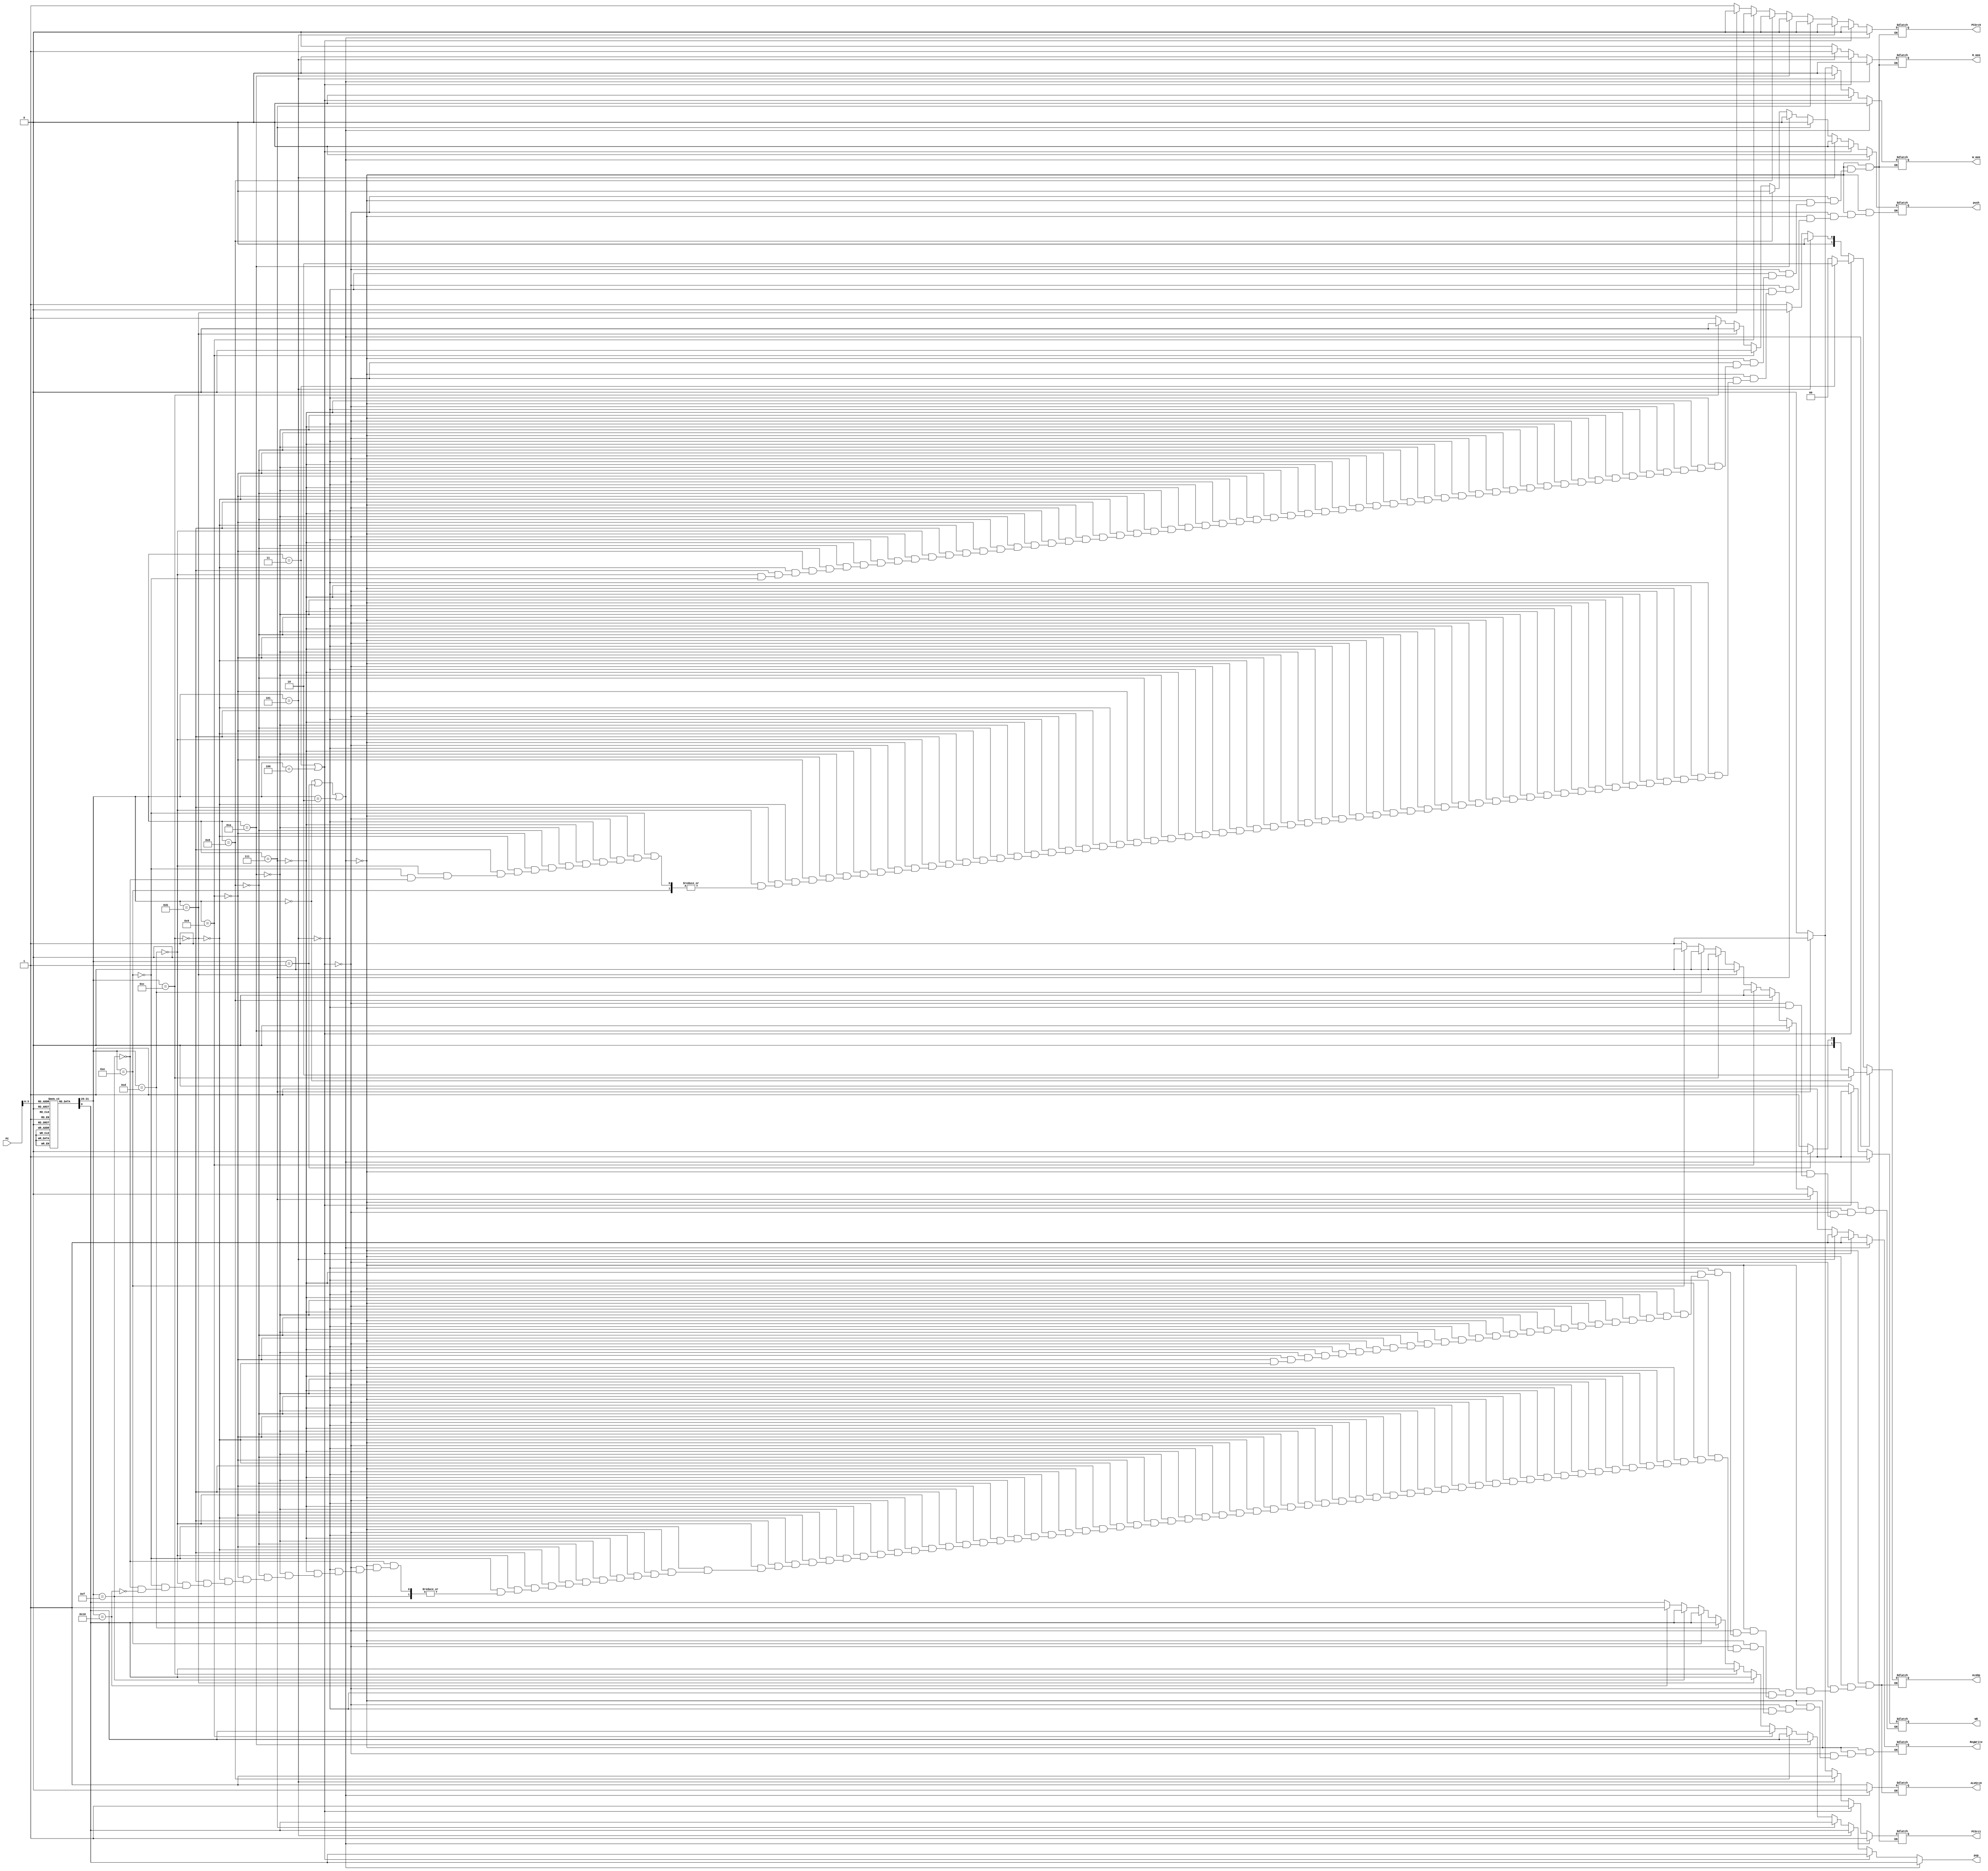
module instructionFetch(
    input wire [31:0] PC,
    output reg PCSrc1,
    output reg PCSrc0,
    output reg RegWrite,
    output reg ALUSrc0,
    output reg [1:0] ALUOp,
    output reg R_mem,
    output reg W_mem,
    output reg WB,
    output reg push,
    output reg pop
);

reg [31:0] memory[0:15];
reg [31:0] IR;	
reg [5:0] OpCode;

always @(PC) begin
    IR = memory[PC]; // Fetch instruction from memory using PC
	
    // Extract the opcode from the instruction
    OpCode = IR[31:26];
		
		//$display ("%b", OpCode);
		

		
		//pop signal
		pop = IR[0];  
		
		
		/// R-type		
		if (OpCode == 6'b000000 || OpCode == 6'b000001 || OpCode == 6'b000010) begin ///ADD	|| AND || SUB

				PCSrc1 = 1'b1;
				PCSrc0 = 1'b0;
			    RegWrite = 1'b1; 
				ALUSrc0 = 1'b0; 
				
				if (OpCode == 6'b000000)
					ALUOp = 2'b10;
				else if (OpCode == 6'b000001) 
					ALUOp = 2'b00;
				else
					ALUOp = 2'b01;
				
		        R_mem = 1'b0; 
		        W_mem = 1'b0;
		        WB = 1'b1;
				push = 1'b0;
		end
				
		/// I-Type	 
		else if (OpCode == 6'b000011 || OpCode == 6'b000100) begin	   ///ANDI || ADDI
				
				PCSrc1 = 1'b1;
				PCSrc0 = 1'b0;
			    RegWrite = 1'b1; 
				ALUSrc0 = 1'b1; 
				
				if (OpCode == 6'b000011)   // ANDI
					ALUOp = 2'b10;
				else   
					ALUOp = 2'b00;
	
				
		        R_mem = 1'b0; 
		        W_mem = 1'b0;
		        WB = 1'b1;
				push = 1'b0;
		end
				
		else if (OpCode == 6'b000101) begin //LW  
				
				PCSrc1 = 1'b1;
				PCSrc0 = 1'b0;
			    RegWrite = 1'b1;
				ALUSrc0 = 1'b1; 
				ALUOp = 2'b00;
		        R_mem = 1'b1; 
		        W_mem = 1'b0;
				push = 1'b0;  
				WB = 1'b0;
				push = 1'b0;
		end
			
		else if (OpCode == 6'b000111) begin //SW  
				
				PCSrc1 = 1'b1;
				PCSrc0 = 1'b0;
			    RegWrite = 1'b0; 
				ALUSrc0 = 1'b1; 
				ALUOp = 2'b00;
		        R_mem = 1'b0; 
		        W_mem = 1'b1;
				push = 1'b0;  
		end
				
		else if (OpCode == 6'b001010) begin //BEQ  
				
				PCSrc1 = 1'b0;
				PCSrc0 = 1'b0;
			    RegWrite = 1'b0; 
				ALUSrc0 = 1'b1; 
				ALUOp = 2'b01;
		        R_mem = 1'b0; 
		        W_mem = 1'b0; 
				push = 1'b0;  
		end	
		
		else if (OpCode == 6'b001000) begin //BGT
				PCSrc1 = 1'b0;
				PCSrc0 = 1'b0;
			    RegWrite = 1'b0; 
				ALUSrc0 = 1'b1; 
				ALUOp = 2'b01;	/// We make new ALU op for Greater than 
		        R_mem = 1'b0; 
		        W_mem = 1'b0; 
				push = 1'b0;
			
		end
				
		
		else if (OpCode == 6'b001001) begin //BLT
			
				PCSrc1 = 1'b0;
				PCSrc0 = 1'b0;
			    RegWrite = 1'b0;
				ALUSrc0 = 1'b1; 
				ALUOp = 2'b01;		 // We make new ALU for less than 
		        R_mem = 1'b0; 
		        W_mem = 1'b0; 
				push = 1'b0;
			
		end	
		
		else if (OpCode == 6'b001011) begin //BNE 
			
				PCSrc1 = 1'b0;
				PCSrc0 = 1'b0;
			    RegWrite = 1'b0; 
				ALUSrc0 = 1'b1; 
				ALUOp = 2'b01;
		        R_mem = 1'b0; 
		        W_mem = 1'b0; 
				push = 1'b0;
			
			
		end

			
			
		/// J-Type	 
		else if (OpCode == 6'b001100) begin	 // J
				
				PCSrc1 = 1'b0;
				PCSrc0 = 1'b1;
			    RegWrite = 1'b0;
	            R_mem = 1'b0; 
		        W_mem = 1'b0;
			    push = 1'b0;
			end
			
		else if(OpCode == 6'b001101) begin	 // Call
				
				PCSrc1 = 1'b0;
				PCSrc0 = 1'b1;
			    RegWrite = 1'b0;
		        R_mem = 1'b0; 
		        W_mem = 1'b0;
				push = 1'b1;
			end	
		else if (OpCode == 6'b001110) begin	 // RET	   
			
				PCSrc1 = 1'b0;
				PCSrc0 = 1'b1;
			    RegWrite = 1'b0;
		        R_mem = 1'b0; 
		        W_mem = 1'b0;
			
			
			
			end

			
		else if (OpCode == 6'b001111) begin/// S-Type for stack	  push
			 
				push = 1'b1;
			
		end
		
		
		
		else if (OpCode == 6'b010000) begin		//pop  
			
				pop = 1'b1;	
				RegWrite = 1'b1;
		end
	
	
end

endmodule